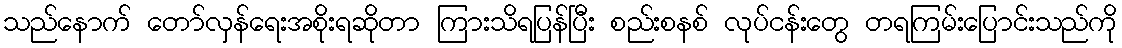
သည်နောက် တော်လှန်ရေးအစိုးရဆိုတာ ကြားသိရပြန်ပြီး စည်းစနစ် လုပ်ငန်းတွေ တရကြမ်းပြောင်းသည်ကို